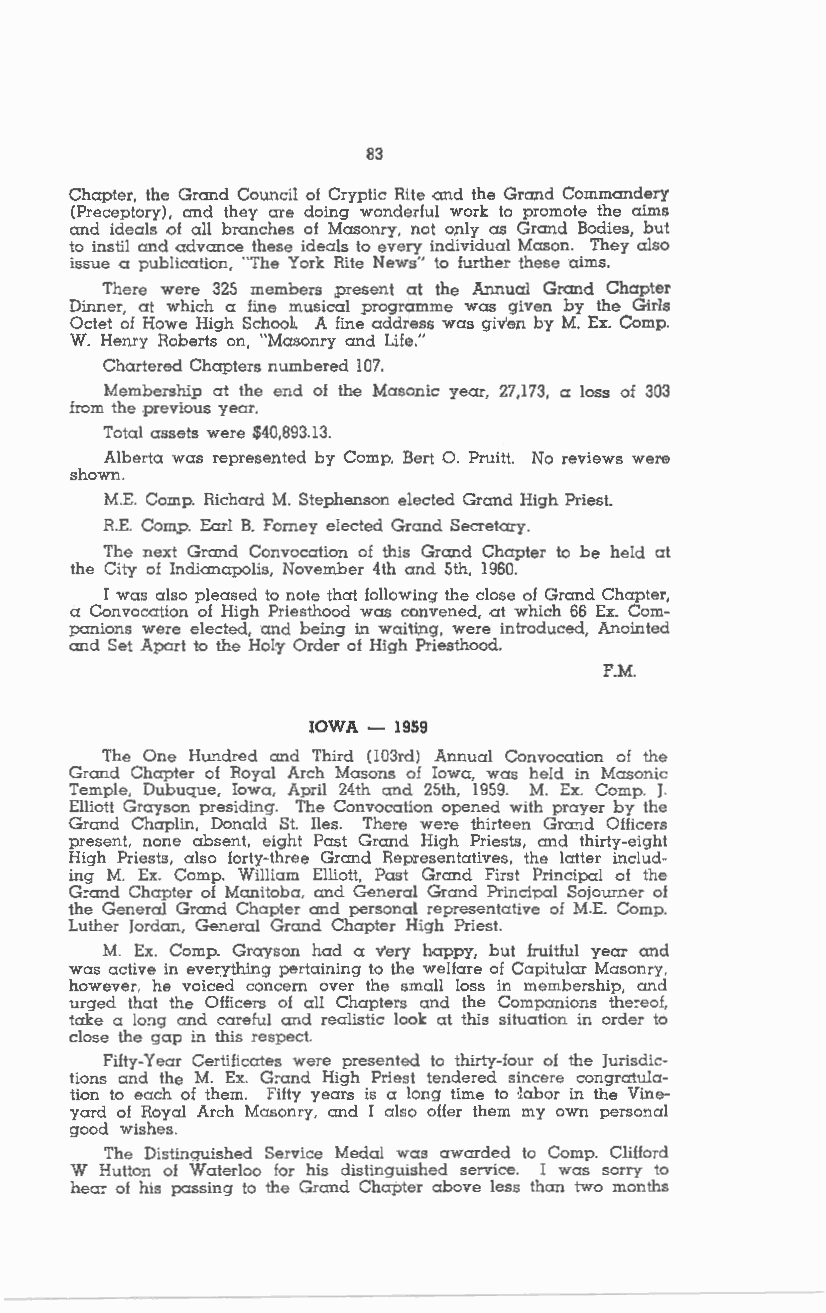
83
 Chapter, the Grand Council of Cryptic Rite and the Grand Commandery
 (Preceptory), and they are doing wonderful work to promote the aims
 and ideals of all branches of Masonry, not o,nly as Grand Bodies, but
 to instil and advance these ideals to every individual Mason. They also
 issue a publication, "The York Rite News" to further these aims.
 There were 325 members present at the Annual Grand Chapter
 Dinner, at which a line musical programme was given by the Girls
 Octet of Howe High Schoo1. A fine address was giv'e.n by M. Ex. Comp.
 W. Henry Roberts on, "Masonry and Life."
 Chartered Chapters numbered 107.
 Membership at the end of the Masonic year, 27,173, a loss of 303
 from the .previous year.
 Total assets were $40,893.13.
 Alberta was represented by Comp. Bert 0 . Pruitt. No reviews were
 shown.
 M.E. Comp. Richard M. Stephenson elected Grand High Priest.
 R.E. Comp. Earl B. Forney elected Grand Secretary.
 The next Grand Convocation of this Grand Chapter to be held at
 the City of Indianapolis, November 4th and 5th, 1960.
 I was also pleased to note that following the close of Grand Chapter,
 a Convocation of High Priesthood was convened, at which 66 Ex. Com
 panions were elected, and being in waiting, were introduced, Anointed
 and Set Apart to the HoLy Order of High Priesthood.
 F.M.
 IOWA - 1959
 The One Hundred and Third (103rd) Annual Convocation of the
 Grand Chapter of Royal Arch Masons of Iowa, was held in Masonic
 Temple, Dubuque, Iowa, April 24th and 25th, 1959. M. Ex. Comp. J.
 Elliott Grayson presiding. The Convocation opened with prayer by the
 Grand Chaplin, Donald St. Iles. There we::e thirteen Grand Officers
 present, none absent, eight Past Grand High Priests, and thirty-eight
 High Priests, also forty-three Grand Representatives, the latter includ
 ing M. Ex. Comp. William Elliott, Past Grand First Principal of the
 G::and Chapter of Manitoba, and General Grand Principal Sojourner of
 the General Grand Chapter and personal representative of M.E. Comp.
 Luther Jordan, General Grand Chapter High Priest.
 M. Ex. Comp. Grayson had a very happy, but fruitful year and
 was active in everything pertaining to the welfare of Capitular Masonry,
 however, he voiced concern over the small loss in membership, and
 urged that the Officers of all Chapters and the Companions the::eof,
 take a long and careful and realistic look at this situation in order to
 close the gap in this respect.
 Fifty-Year Certificates were presented to thirty-four of the Jurisdic
 tions and the M. Ex. G::and High Priest tendered sincere congratula
 tion to each of them. Fifty years is a long time to ·labor in the Vine
 yard of Royal Arch Masonry, and I also offer them my own personal
 good wishes.
 The Distinguished Service Medal was awarded to Comp. Clifford
 W Hutton of Waterloo for his distinguished service. I was sorry to
 hea:: of his passing to the Grand Chapter above less than two man ths